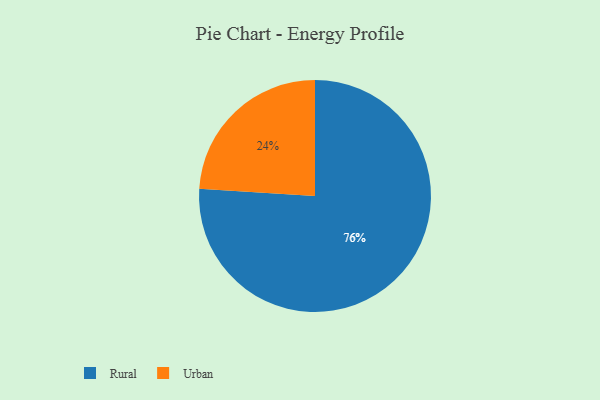
{"axis": {"x": "Category", "y": "Percentage"}, "legend": ["Rural", "Urban"], "data": [{"x": "Urban", "y": 24, "type": "Urban"}, {"x": "Rural", "y": 76, "type": "Rural"}]}